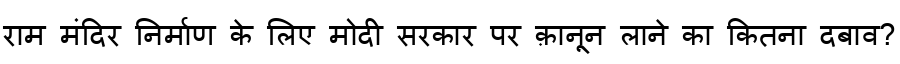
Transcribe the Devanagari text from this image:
राम मंदिर निर्माण के लिए मोदी सरकार पर क़ानून लाने का कितना दबाव?